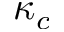
\kappa _ { c }